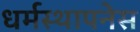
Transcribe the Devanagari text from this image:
धर्मस्थापनेस